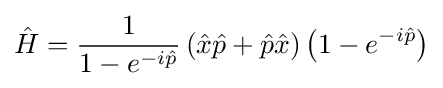
{\hat {H}}={\frac {1}{1-e^{-i{\hat {p}}}}}\left({\hat {x}}{\hat {p}}+{\hat {p}}{\hat {x}}\right)\left(1-e^{-i{\hat {p}}}\right)